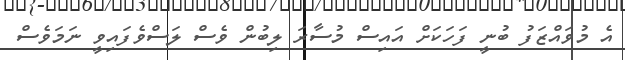
އެ މުވައްޒަފު ބުނީ ފަހަކަށް އައިސް މުސާރަ ލިބުން ވެސް ލަސްވެފައިވީ ނަމަވެސް